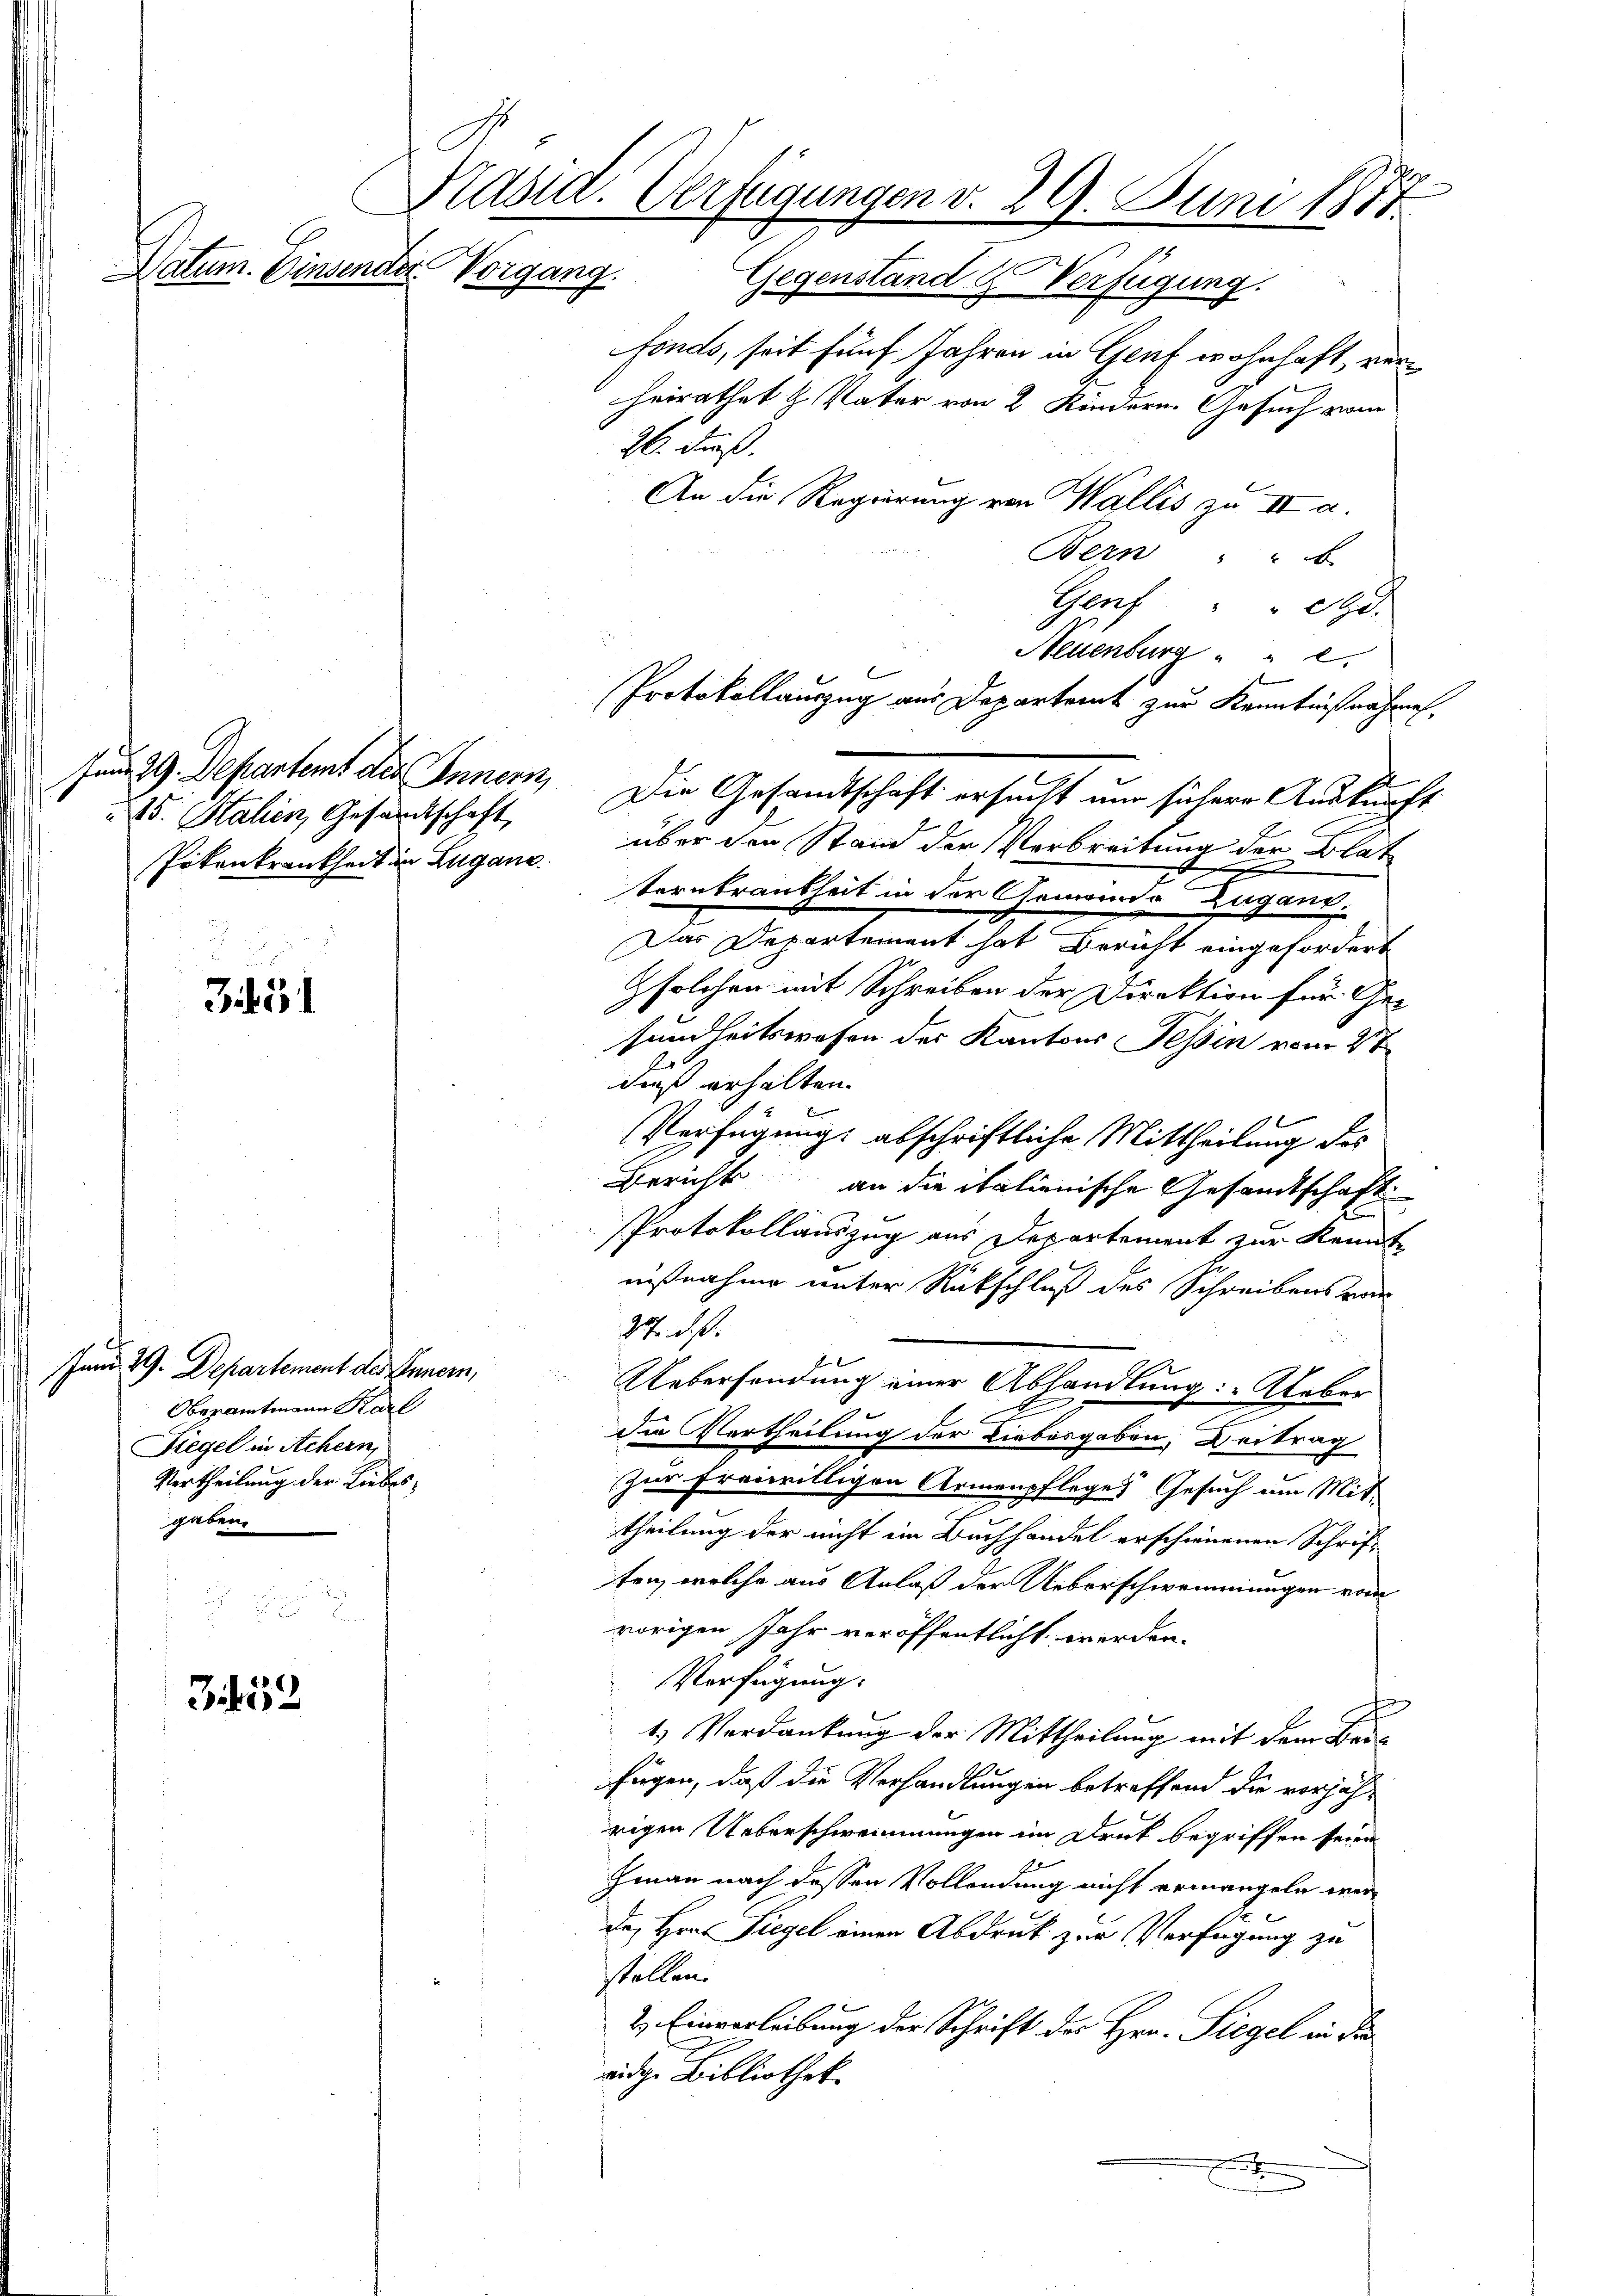
Datum. Einsender Vorgang.

Fund 29. Departemt des Innern,
15. Kalien, Gesandtschaft
Prtenkrankheit in Zugane.

351

352

.

Juni 29. Departement des Innern,
Oberamtmann Karl
Fiegel in Achern,
Vertheilung der Liebes,
gaben.

Prasia. Verfügungen d. 29. Juni 1881
Gegenstand u Verfügung.

fonds, seit fünf Jahren in Genf wohnhaft, verheirathet H. Vater von 2 Kindern. Gesuch vom
26. dieß.
An die Regierung von Wallis zu II a.
Bern b
Genf " " G.
Neuenburg " " 2
c
über den Stand der Verbreitung der Blat
terbrankheit in der Gemeinde Zugand.
Das Departement hat Bericht eingefordert
solchen mit Schreiben der Direktion für Ge-
sundheitswesen des Kantons Tessin vom 4ten
daß erhalten.
Verfügung: abschriftliche Mittheilung des
Berichts an die italienische Gesandtschaft
Protokollauszug aus Departement zur Kenntnißnahme unter Rückschluß des Schreibens war
27. ds.
Uebersendung einer Abhandlung: „Ueber
d
n
die Vertheilung der Liebesgaben, Beitrag
zur freiwilligen Armenpfleges Gesuch am Mit-
theilung der nicht im Buchhandel erschienenen Schrif-
ten, welche aus Anlaß der Ueberschwemmungen vom
vorigen Jahr veröffentlicht werden.
Verfügung.
1) Verdankung der Mittheilung mit dem Baufügen, daß die Verhandlungen betreffend die vorjährigen Ueberschwemmungen im Druk begriffen seien
zman nach dessen Vollendung nicht ermangeln werdes Hrn. Siegel einen Abdruck zur Verfügung zu
stellen.
2) Einverleibung der Schrift der Hrn. Siegel in die
ridge Bibliothek
e

s

Protokollauszug aus Departent zur Kenntnißnahmen.
Die Gesandtschaft ersucht und sichere Auskunft